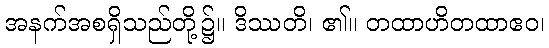
အနက်အစရှိသည်တို့၌။ ဒိဿတိ၊ ၏။ တထာဟိတထာဧဝ၊